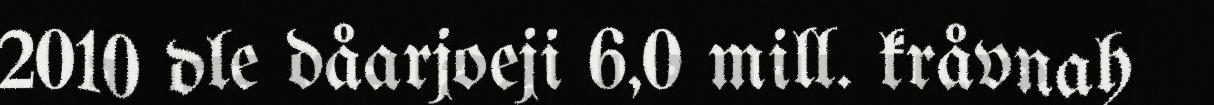
2010 dle dåarjoeji 6,0 mill. kråvnah